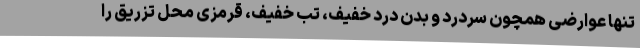
تنها عوارضی همچون سردرد و بدن درد خفیف، تب خفیف، قرمزی محل تزریق را